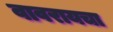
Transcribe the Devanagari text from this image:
वावरायचा